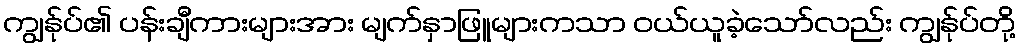
ကျွန်ုပ်၏ ပန်းချီကားများအား မျက်နှာဖြူများကသာ ဝယ်ယူခဲ့သော်လည်း ကျွန်ုပ်တို့